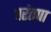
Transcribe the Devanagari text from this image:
परंतपा